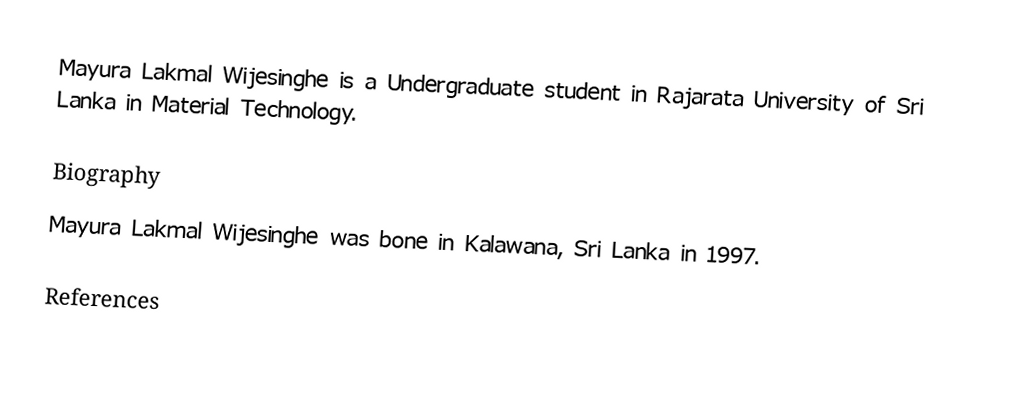
Mayura Lakmal Wijesinghe is a Undergraduate student in Rajarata University of Sri Lanka in Material Technology.

Biography
Mayura Lakmal Wijesinghe was bone in Kalawana, Sri Lanka in 1997.

References